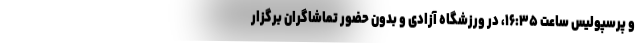
و پرسپولیس ساعت ۱۶:۳۵، در ورزشگاه آزادی و بدون حضور تماشاگران برگزار